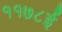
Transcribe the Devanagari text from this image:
११७८ई